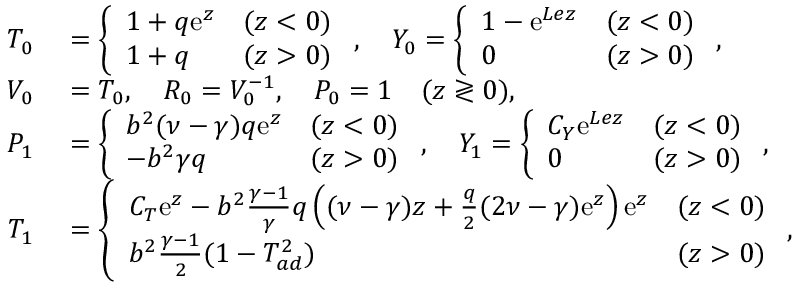
\begin{array} { r l } { { T } _ { 0 } } & { { } = \left\{ \begin{array} { l l l } { 1 + q \mathrm { e } ^ { z } } & { ( z < 0 ) } \\ { 1 + q } & { ( z > 0 ) } \end{array} \right. , \quad { Y } _ { 0 } = \left\{ \begin{array} { l l l } { 1 - \mathrm { e } ^ { L e z } } & { ( z < 0 ) } \\ { 0 } & { ( z > 0 ) } \end{array} \right. , } \\ { { V } _ { 0 } } & { { } = { T } _ { 0 } , \quad { R } _ { 0 } = { V } _ { 0 } ^ { - 1 } , \quad { P } _ { 0 } = 1 \quad ( z \gtrless 0 ) , } \\ { { P } _ { 1 } } & { { } = \left\{ \begin{array} { l l l } { b ^ { 2 } ( \nu - \gamma ) q \mathrm { e } ^ { z } } & { ( z < 0 ) } \\ { - b ^ { 2 } \gamma q } & { ( z > 0 ) } \end{array} \right. , \quad { Y } _ { 1 } = \left\{ \begin{array} { l l l } { C _ { Y } \mathrm { e } ^ { L e z } } & { ( z < 0 ) } \\ { 0 } & { ( z > 0 ) } \end{array} \right. , } \\ { { T } _ { 1 } } & { { } = \left\{ \begin{array} { l l l } { C _ { T } \mathrm { e } ^ { z } - b ^ { 2 } \frac { \gamma - 1 } { \gamma } q \left( ( \nu - \gamma ) z + \frac { q } { 2 } ( 2 \nu - \gamma ) \mathrm { e } ^ { z } \right) \mathrm { e } ^ { z } } & { ( z < 0 ) } \\ { b ^ { 2 } \frac { \gamma - 1 } { 2 } ( 1 - T _ { a d } ^ { 2 } ) } & { ( z > 0 ) } \end{array} \right. , } \end{array}